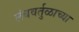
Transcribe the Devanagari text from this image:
लंबवर्तुळाच्या